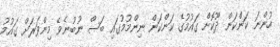
ހުންނަ ކަންކަން ދޫކޮށް ގައުމުގެ ކަންކަން ނިންމުމުގައި ބަސް ނުބުނެވޭ މިންވަރަށް ގައުމު